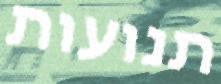
תנועות